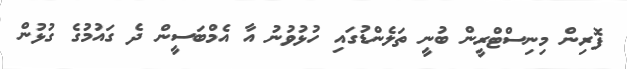
ފޮރިން މިނިސްޓްރީން ބުނީ ތަލެންޑުގައި ހުޅުވުނު އާ އެމްބަސީން ދެ ގައުމުގެ ގުޅުން